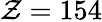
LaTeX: \mathcal{Z}=154